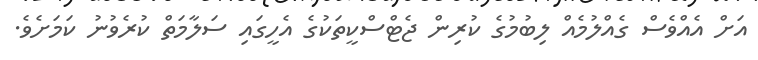
އަށް އެއްވެސް ގެއްލުމެއް ލިބުމުގެ ކުރިން ޖެޓްސްކީތަކުގެ އެހީގައި ސަލާމަތް ކުރެވުނު ކަމަށެވެ.